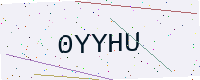
Text: 0YYHU